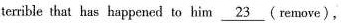
terrible that has happened to him \underline {23} (remove),